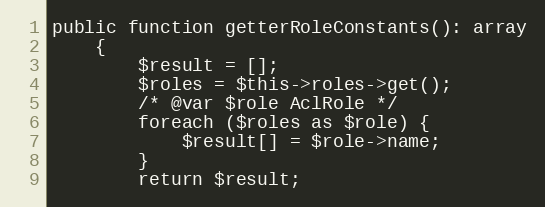
Language: PHP
public function getterRoleConstants(): array
	{
		$result = [];
		$roles = $this->roles->get();
		/* @var $role AclRole */
		foreach ($roles as $role) {
			$result[] = $role->name;
		}
		return $result;